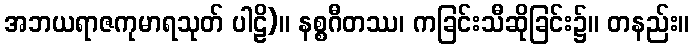
အဘယရာဇကုမာရသုတ် ပါဠိ)။ နစ္စဂီတဿ၊ ကခြင်းသီဆိုခြင်း၌။ တနည်း။